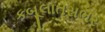
કબૂલાતસભર